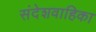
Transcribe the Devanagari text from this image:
संदेशवाहिका